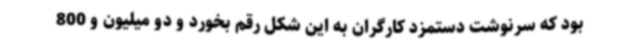
بود که سرنوشت دستمزد کارگران به این شکل رقم بخورد و دو میلیون و 800